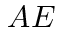
A E